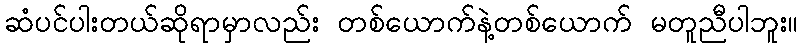
ဆံပင်ပါးတယ်ဆိုရာမှာလည်း တစ်ယောက်နဲ့တစ်ယောက် မတူညီပါဘူး။